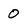
Character: O